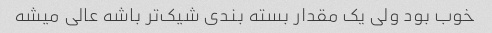
خوب بود ولی یک مقدار بسته بندی شیک‌تر باشه عالی میشه